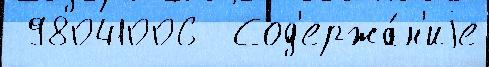
 98041006  Сод'ержа́н'иjе